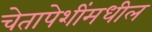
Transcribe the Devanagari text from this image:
चेतापेशींमधील